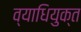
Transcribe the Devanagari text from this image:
व्याधियुक्त